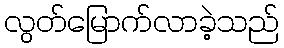
လွတ်မြောက်လာခဲ့သည်